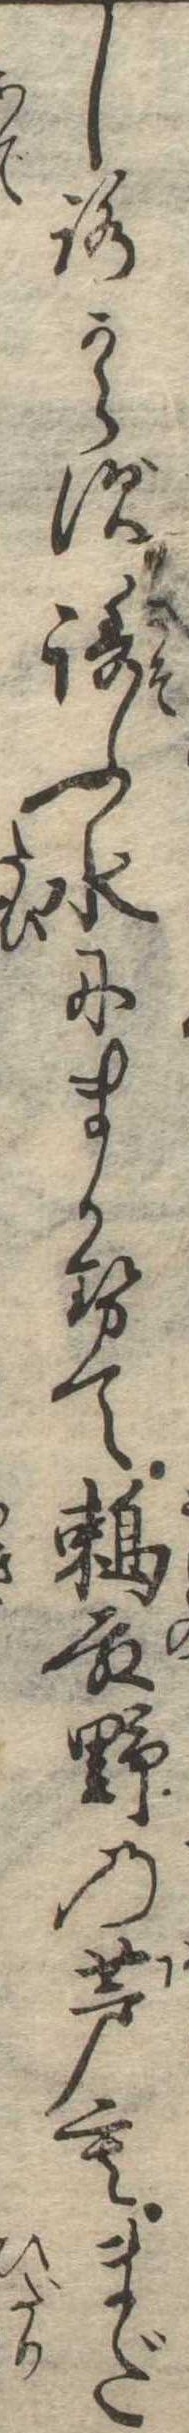
しろからず誘ふ水にまかせて殿野の芦もまだ